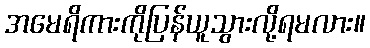
အမေရိကားကိုပြန်ယူသွားလို့ရမလား။